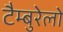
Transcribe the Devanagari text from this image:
टैम्बुरेलो